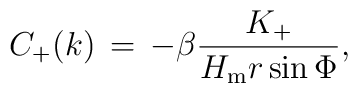
C_+(k)\,=\,-\beta \frac{K_+}{H_{\rm m}r\sin \Phi},